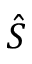
\hat { S }